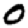
Digit: 0